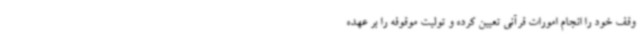
وقف خود را انجام امورات قرآنی تعیین کرده و تولیت موقوفه را بر عهده